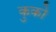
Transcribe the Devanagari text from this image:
कुको